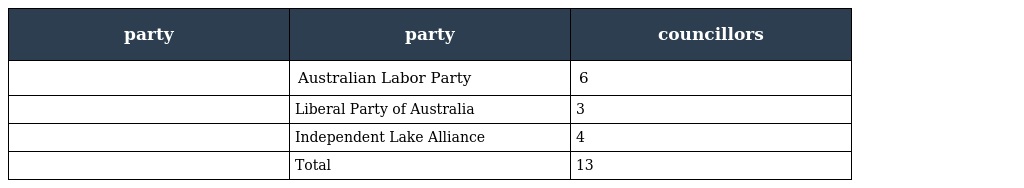
| party | party | councillors |
 | --- | --- | --- |
 |  | Australian Labor Party | 6 |
 |  | Liberal Party of Australia | 3 |
 |  | Independent Lake Alliance | 4 |
 |  | Total | 13 |